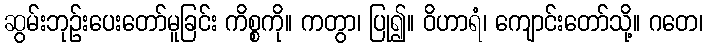
ဆွမ်းဘုဉ်းပေးတော်မူခြင်း ကိစ္စကို။ ကတွာ၊ ပြု၍။ ဝိဟာရံ၊ ကျောင်းတော်သို့။ ဂတေ၊